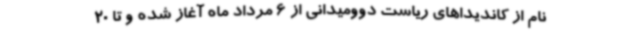
نام از کاندیداهای ریاست دوومیدانی از 6 مرداد ماه آغاز شده و تا 20